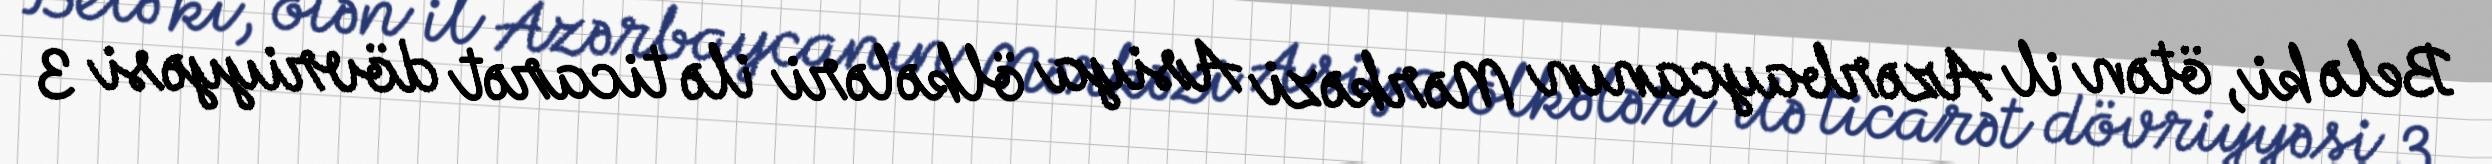
Belə ki, ötən il Azərbaycanın Mərkəzi Asiya ölkələri ilə ticarət dövriyyəsi 3